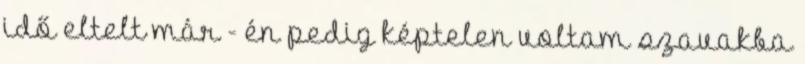
idő eltelt már - én pedig képtelen voltam szavakba